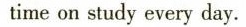
time on study every day.